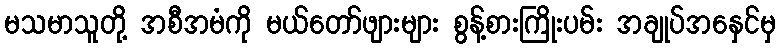
မသမာသူတို့ အစီအမံကို မယ်တော်ဖျားများ စွန့်စားကြိုးပမ်း အချုပ်အနှေင်မှ